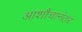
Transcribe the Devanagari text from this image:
आशौचानंतर